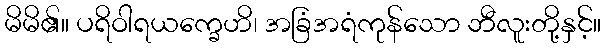
မိမိ၏။ ပရိဝါရယက္ခေဟိ၊ အခြံအရံကုန်သော ဘီလူးတို့နှင့်။